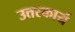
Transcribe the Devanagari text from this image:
उत्तरकार्य